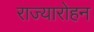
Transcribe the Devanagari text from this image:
राज्यारोहन